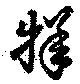
牂